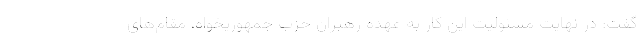
گفت: در نهایت مسئولیت این کار به عهده رهبران حزب جمهوریخواه، مقام‌های